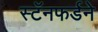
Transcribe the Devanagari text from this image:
स्टॅनफर्डने